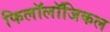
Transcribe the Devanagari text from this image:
फिलॉलॉजिकल